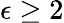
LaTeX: \epsilon\geq 2